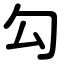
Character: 勾